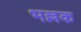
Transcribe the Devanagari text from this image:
भल्लक